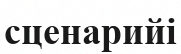
сценарийі